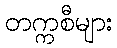
တက္ကစီများ